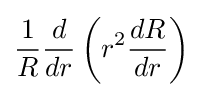
{\frac {1}{R}}{\frac {d}{dr}}\left(r^{2}{\frac {dR}{dr}}\right)